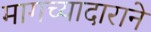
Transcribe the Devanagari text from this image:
मागच्यादाराने